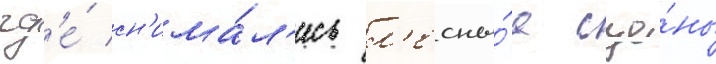
гд'е́ сн'има́л'ись л'есны́е сце́ны